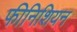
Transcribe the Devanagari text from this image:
फीनिशियन